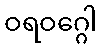
ဝရဝဂ္ဂေါ